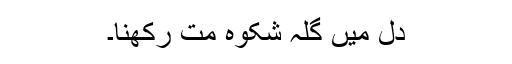
دل میں گلہ شکوہ مت رکھنا۔